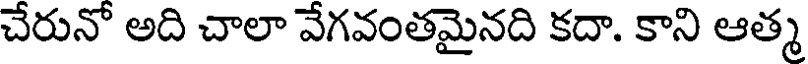
చేరునో అది చాలా వేగవంతమైనది కదా. కాని ఆత్మ